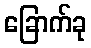
ခြောက်ခု